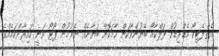
އެތްލެޓިކޯ މެޑްރިޑުން ފަލްކާއޯ ބޭނުންވާކަން ހާމަކޮށް ބަޔާނެއް ނެރުމުން ޕޯޓޯ ވަނީ ހައިރާންކަމެއްގެ